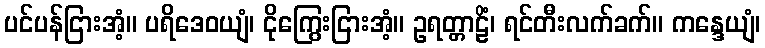
ပင်ပန်ငြားအံ့။ ပရိဒေဝယျံ၊ ငိုကြွေးငြားအံ့။ ဥရတ္တာဠိံ၊ ရင်တီးလက်ခက်။ ကန္ဒေယျံ၊